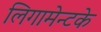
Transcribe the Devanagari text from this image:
लिगामेन्टके